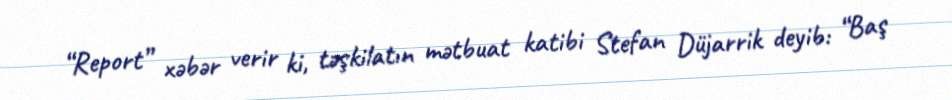
“Report” xəbər verir ki, təşkilatın mətbuat katibi Stefan Düjarrik deyib: “Baş